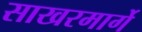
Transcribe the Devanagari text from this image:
साखरमार्गे